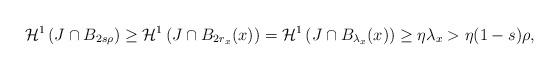
LaTeX: \begin{align*} \mathcal{H}^1\left( J \cap B_{2s\rho} \right) \geq \mathcal{H}^1\left( J \cap B_{2 r_x}(x)\right) = \mathcal{H}^1\left( J \cap B_{\lambda_x}(x)\right) \geq \eta \lambda_x > \eta(1-s)\rho, \end{align*}